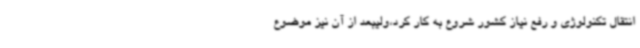
انتقال تکنولوژی و رفع نیاز کشور شروع به کار کرد،ولیبعد از آن نیز موضوع